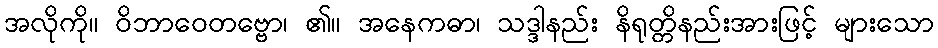
အလိုကို။ ဝိဘာဝေတဗ္ဗော၊ ၏။ အနေကဓာ၊ သဒ္ဒါနည်း နိရုတ္တိနည်းအားဖြင့် များသော